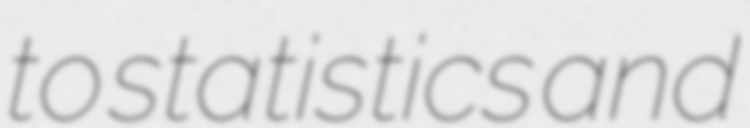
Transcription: to statistics and